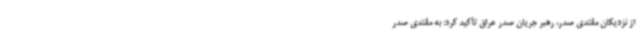
از نزدیکان مقتدی صدر، رهبر جریان صدر عراق تأکید کرد: به مقتدی صدر